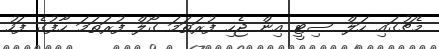
މެޗުގައި ހަލް ސިޓީ އިން ޖެހި ފުރަތަމަ ގޯލް ފުރަތަމަ ހާފުގެ ފަހު